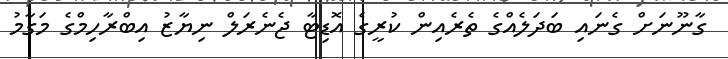
ގާނޫނަށް ގެނައި ބަދަލެއްގެ ތެރެއިން ކުރީގެ އޮޑިޓާ ޖެނެރަލް ނިޔާޒު އިބްރާހިމްގެ މަގާމު